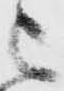
被